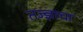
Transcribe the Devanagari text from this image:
तज्‍ज्ञाचा